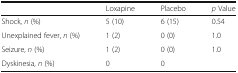
|  | Loxapine | Placebo | p Value |
 | --- | --- | --- | --- |
 | Shock, n (%) | 5 (10) | 6 (15) | 0.54 |
 | Unexplained fever, n (%) | 1 (2) | 0 (0) | 1.0 |
 | Seizure, n (%) | 1 (2) | 0 (0) | 1.0 |
 | Dyskinesia, n (%) | 0 | 0 |  |